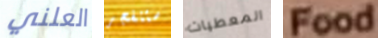
العلني ستنفجر المعطيات Food